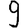
Digit: 9